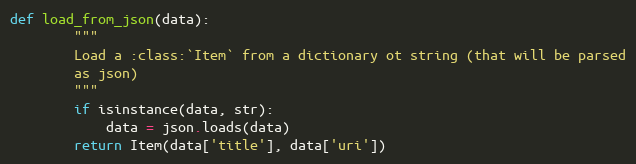
Language: Python
def load_from_json(data):
        """
        Load a :class:`Item` from a dictionary ot string (that will be parsed
        as json)
        """
        if isinstance(data, str):
            data = json.loads(data)
        return Item(data['title'], data['uri'])